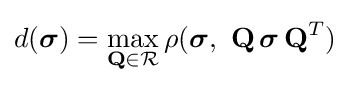
d({\boldsymbol {\sigma }})={\underset {\mathbf {Q} \in {\mathcal {R}}}{\mathop {\max } }}\,\rho ({\boldsymbol {\sigma }},\ \mathbf {Q} \,{\boldsymbol {\sigma }}\,{{\mathbf {Q} }^{T}})